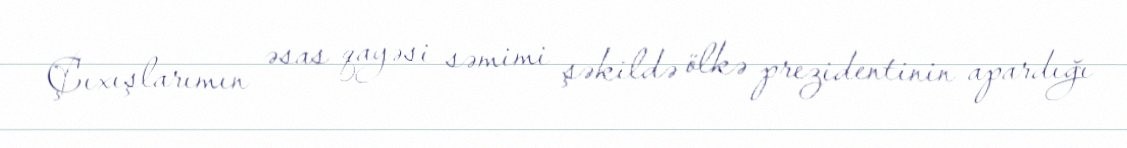
Çıxışlarımın əsas qayəsi səmimi şəkildə ölkə prezidentinin apardığı